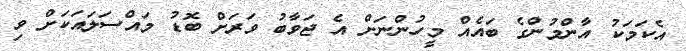
އެކަމަކު އާންމުންގެ ބައެއް މީހުންނަށް އެ ޖަވާބު ވަރަށް ބޮޑު މައްސަލައަކަށް ވި